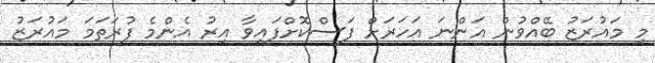
މި މައުރަޒު ބޭއްވުން އަންނަ އަހަރަށް ފަސްކޮށްފައިވާ އިރު އެންމެ ފުރަތަމަ މައުރަޒު